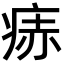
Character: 𬏭